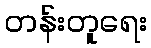
တန်းတူရေး